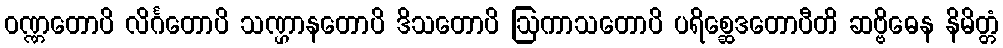
ဝဏ္ဏတောပိ လိင်္ဂတောပိ သဏ္ဌာနတောပိ ဒိသတောပိ ဩကာသတောပိ ပရိစ္ဆေဒတောပီတိ ဆဗ္ဗိဓေန နိမိတ္တံ